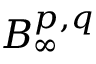
B _ { \infty } ^ { p , q }